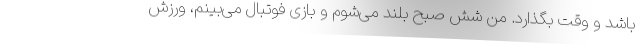
باشد و وقت بگذارد. من شش صبح بلند می‌شوم و بازی فوتبال می‌بینم، ورزش